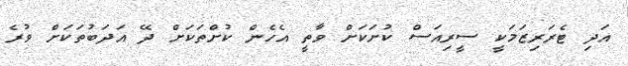
އަދި ޓެރަރިޒަމަކީ ސީރިއަސް ކުށަކަށް ވާތީ އެހެން ކުށްތަކަށް ދޭ އަދަބުތަކަށް ވުރެ